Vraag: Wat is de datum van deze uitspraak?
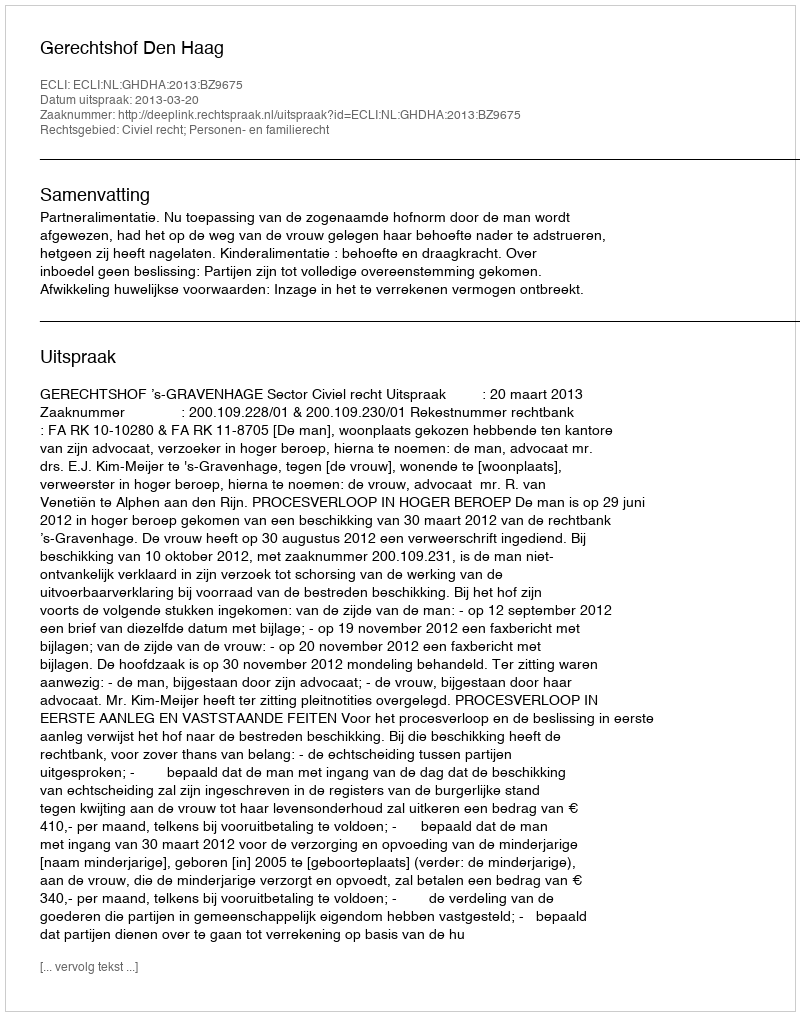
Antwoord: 2013-03-20